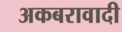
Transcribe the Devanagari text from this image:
अकबरावादी